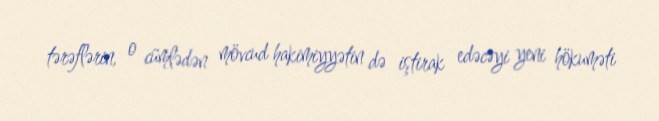
tərəflərin, o cümlədən mövcud hakimiyyətin də iştirak edəcəyi yeni hökuməti